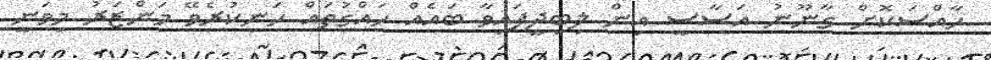
ހާއްސަކޮށް ގާނޫނު އަސާސީ އިން ލިބިދީފައިވާ ބައެއް ހައްގުތައް ހަނިކުރެވޭ މަންޒަރު މިވަނީ